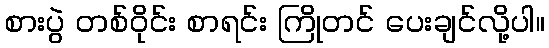
စားပွဲ တစ်ဝိုင်း စာရင်း ကြိုတင် ပေးချင်လို့ပါ။